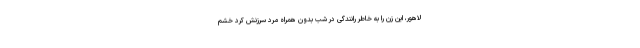
لاهور، این زن را به خاطر رانندگی در شب بدون همراه مرد سرزنش کرد خشم